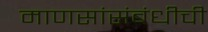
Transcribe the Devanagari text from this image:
माणसांसंबंधीची